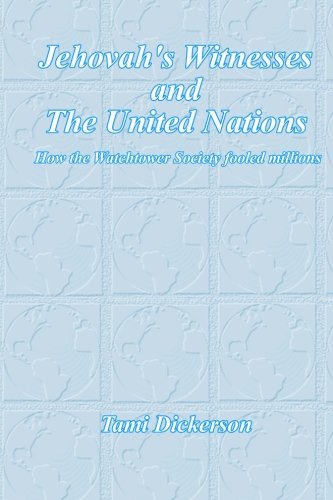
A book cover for Jehovah's Witnesses and the United Nations: How the Watchtower Society Fooled Millions; Tami Dickerson; Christian Books & Bibles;